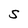
Character: S